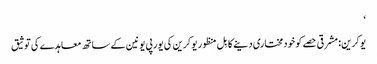
‘
یوکرین: مشرقی حصے کو خودمختاری دینے کا بِل منظور یوکرین کی یورپی یونین کے ساتھ معاہدے کی توثیق